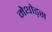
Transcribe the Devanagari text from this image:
मेथोड्स